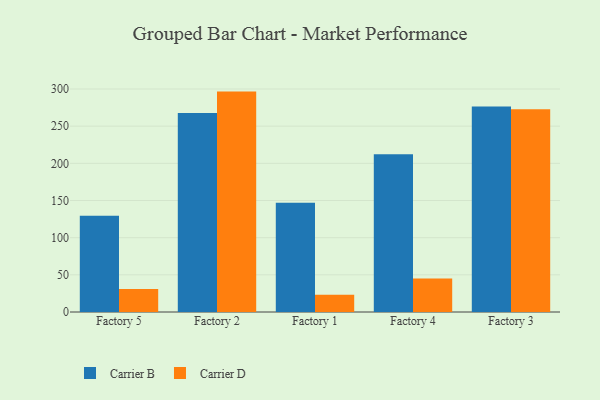
{"axis": {"x": "Factory", "y": "Satisfaction Score"}, "legend": ["Carrier B", "Carrier D"], "data": [{"x": "Factory 5", "y": 129.5, "type": "Carrier B"}, {"x": "Factory 5", "y": 31.0, "type": "Carrier D"}, {"x": "Factory 2", "y": 267.8, "type": "Carrier B"}, {"x": "Factory 2", "y": 296.5, "type": "Carrier D"}, {"x": "Factory 1", "y": 147.0, "type": "Carrier B"}, {"x": "Factory 1", "y": 23.3, "type": "Carrier D"}, {"x": "Factory 4", "y": 212.1, "type": "Carrier B"}, {"x": "Factory 4", "y": 45.0, "type": "Carrier D"}, {"x": "Factory 3", "y": 276.4, "type": "Carrier B"}, {"x": "Factory 3", "y": 272.6, "type": "Carrier D"}]}